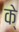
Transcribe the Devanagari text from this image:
के्